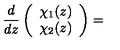
\frac { d } { d z } \left( \begin{array} { r r } { \chi _ { 1 } ( z ) } \\ { \chi _ { 2 } ( z ) } \\ \end{array} \right) =